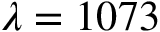
\lambda = 1 0 7 3